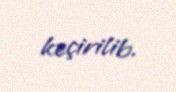
keçirilib.